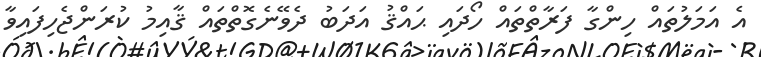
އެ އަމަލުތައް ހިންގާ ފަރާތްތައް ހޯދައި ޙައްޤު އަދަބު ދެވޭނެގޮތްތައް ޤާއިމު ކުރަންޖެހިފައިވާ